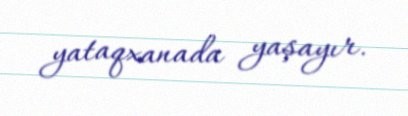
yataqxanada yaşayır.